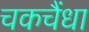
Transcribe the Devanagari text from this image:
चकचैंधा